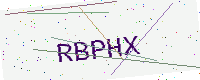
Text: RBPHX